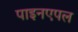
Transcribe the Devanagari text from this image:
पाइनएपल